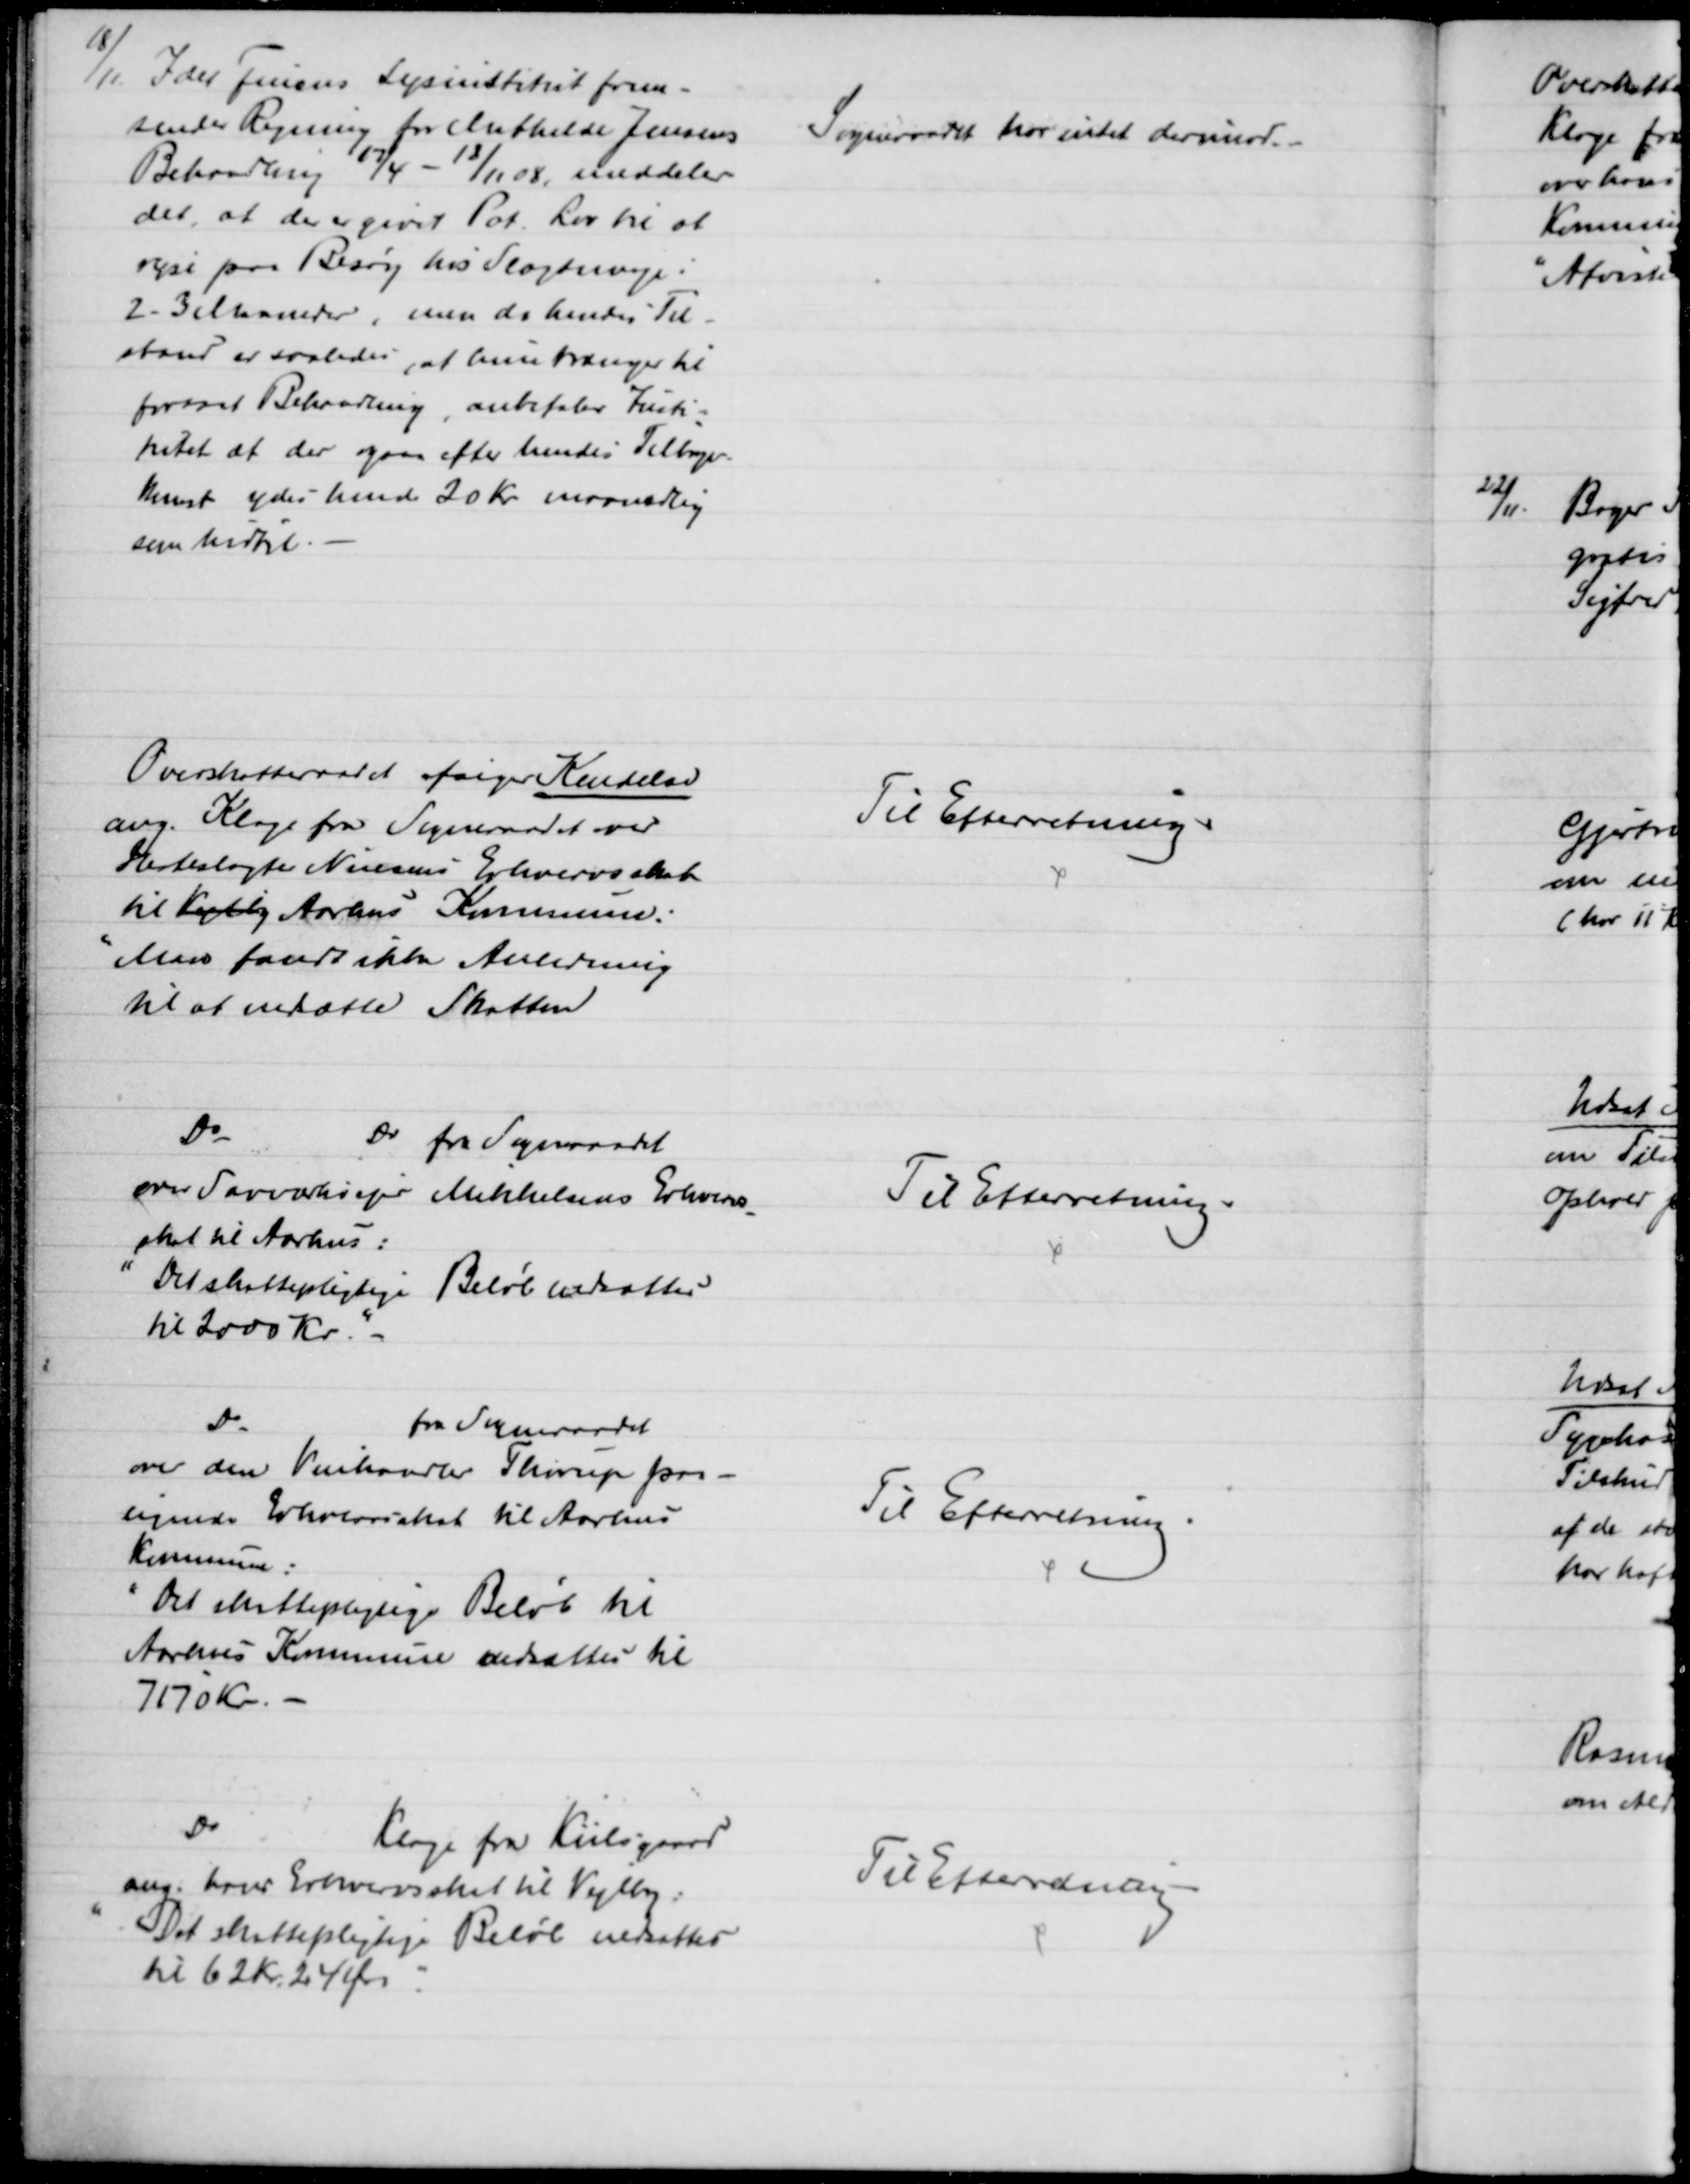
Transskription:
18/11. Idet Finsens Lysinstitut frem-
sender Regning for Mathilde Jensens
Behandling 17/4 - 18/11 08, meddeles
det, at der er givet Pat. Lov til at
rejse paa Besøg hos Slægtninge i
2-3 Maaneder, men da hendes Til-
stand er saaledes, at hun trænger til
fortsat Behandling, anbefaler Insti-
tutet at der ogsaa efter hendes Tilbage-
komst ydes hende 20 Kr maanedlig
som hidtil.
Sogneraadet har intet derimod.
Overskatteraadet afsiger Kendelse
ang. Klage fra Sogneraadet over
Hesteslagter Nielsens Erhvervsskat
til Vejlby Aarhus Kommune.
Man fandt ikke Anledning
til at nedsætte Skatten
Til Efterretning.
Do
Do fra Sogneraadet
over Savværksejer Mikkelsens Erhvervs
-
skat til Aarhus:
"Det skattepligtige Beløb nedsattes
til 2000 Kr."
Til Efterretning.
Do
fra Sogneraadet
over den Vinhandler Thorup paa-
lignede Erhvervsskat til Aarhus 
Kommune:
"Det skattepligtige Beløb til 
Aarhus Kommune nedsattes til
7170 Kr.
Til Efterretning
Do
Klage fra Kiilsgaard
ang. hans Erhvervsskat til Vejlby.
"Det skattepligtige Beløb nedsattes
til 62 Kr. 24 Øre"
Til Efterretning